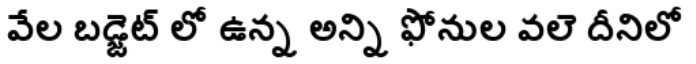
వేల బడ్జెట్ లో ఉన్న అన్ని ఫోనుల వలె దీనిలో